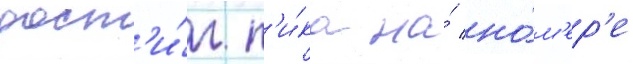
дост'и́г п'и́ка на́ но́м'ер'е